Papers set at the Examination for Leaving Certificates, 1894
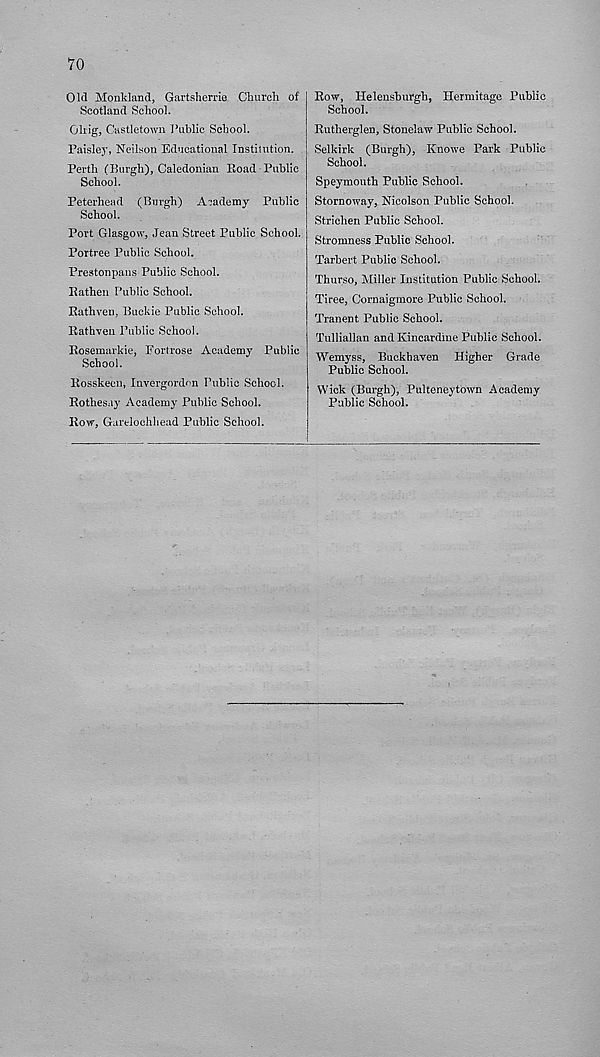
70
Old Monkland, Gartsherrie Church of
Scotland School.
Gliig, Castletown Public School.
Paisley, Neilson Educational Institution.
Perth (Burgh), Caledonian Road Public
School.
Peterhead (Burgh) Academy Public
School.
Port Glasgow, Jean Street Public School.
Portree Public School.
Prestonpans Public School.
Rathen Public School.
Rathven, Buckie Public School.
Rathven Public School.
Rosemarkie, Fortrose Academy Public
School.
Rosskeen, Invergorden Public School.
Rothesay Academy Public School.
Row, Garelochhead Public School.
Row, Helensburgh, Hermitage Public
School.
Rutherglen, Stonelaw Public School.
Selkirk (Burgh), Knowe Park Public
School.
Speymouth Public School.
Stornoway, JSTicolson Public School.
Strichen Public School.
Stromness Public School.
Tarbert Public School.
Thurso, Miller Institution Public School.
Tiree, Cornaigmore Public School.
Tranent Public School.
Tulliallan and Kincardine Public School.
Wemyss, Buckhaven Higher Grade
Public School.
Wick (Burgh), Pulteneytown Academy
Public School.